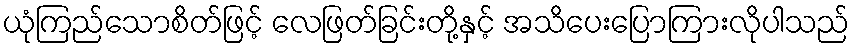
ယုံကြည်သောစိတ်ဖြင့် လေဖြတ်ခြင်းတို့နှင့် အသိပေးပြောကြားလိုပါသည်